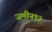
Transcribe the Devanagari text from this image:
जमीन१३